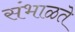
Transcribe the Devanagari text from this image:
संभाळते